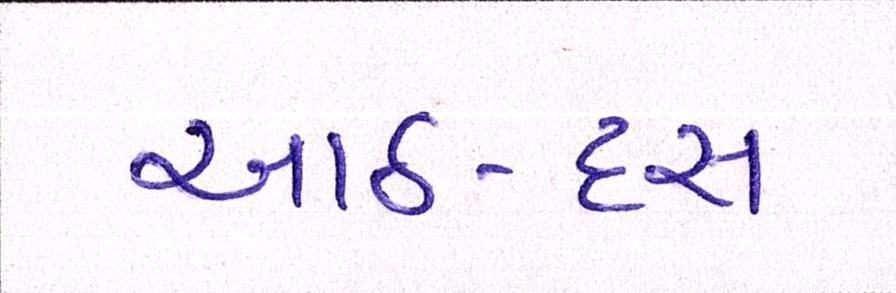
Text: આઠ-દસ